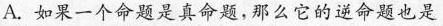
A.如果一个命题是真命题，那么它的逆命题也是